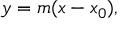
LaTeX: y = m ( x - x _ { 0 } ) ,